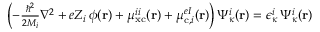
\begin{array} { r } { \left( - \frac { \hbar ^ { 2 } } { 2 M _ { i } } \nabla ^ { 2 } + e Z _ { i } \, \phi ( \mathbf { r } ) + \mu _ { \mathrm { x c } } ^ { i i } ( \mathbf { r } ) + \mu _ { \mathrm { c } , i } ^ { e I } ( \mathbf { r } ) \right) \Psi _ { \kappa } ^ { i } ( \mathbf { r } ) = \epsilon _ { \kappa } ^ { i } \, \Psi _ { \kappa } ^ { i } ( \mathbf { r } ) } \end{array}